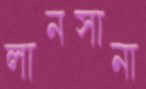
লানসানা